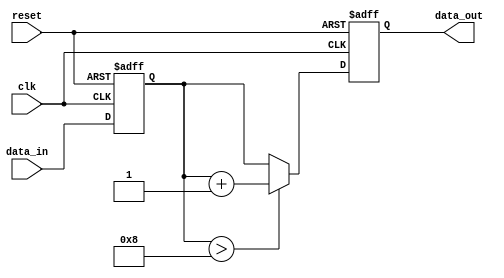
module sequential_logic (
    input wire clk,          // Clock input
    input wire reset,        // Reset input
    input wire [3:0] data_in,// 4-bit data input
    output reg [3:0] data_out // 4-bit data output
);

// Internal signal declaration
reg [3:0] internal_reg;

// Sequential logic block
always @(posedge clk or posedge reset) begin
    if (reset) begin
        // Initialize the output and internal register on reset
        data_out <= 4'b0000; // Reset output to 0
        internal_reg <= 4'b0000; // Reset internal register to 0
    end else begin
        // Update internal register based on data input
        internal_reg <= data_in;

        // Conditional logic to determine output
        if (internal_reg > 4'b1000) begin
            data_out <= internal_reg + 4'b0001; // Increment output if internal_reg > 8
        end else begin
            data_out <= internal_reg; // Otherwise, just pass the input
        end
    end
end

endmodule